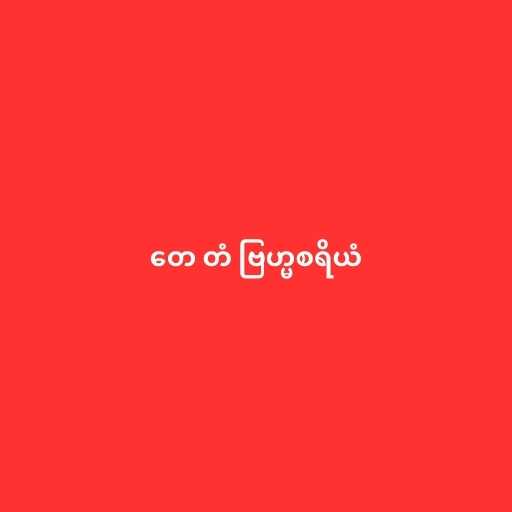
တေ တံ ဗြဟ္မစရိယံ